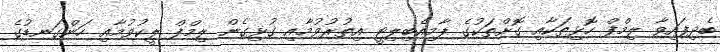
ބެދިފައިވާ ލިމްފް ހޮޅިތަކާއި ގޮށްތަކުގެ ޕާމިއެބިލިޓީ އިތުރުވުމާއި ގުޅިގެން ލިމްފް ލީކުވުމާއި ހަންގަނޑުގެ